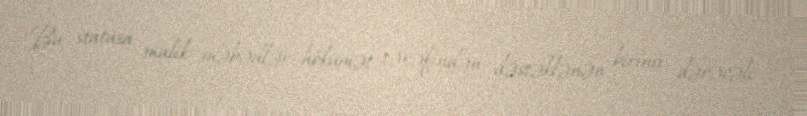
Bu statusa malik məbədlər hökumət tərəfindən dəstəklənən birinci dərəcəli